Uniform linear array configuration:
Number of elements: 8
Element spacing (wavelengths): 0.25
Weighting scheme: kaiser
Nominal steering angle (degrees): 60
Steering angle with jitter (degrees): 61.967
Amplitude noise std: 0.05
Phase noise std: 0.05

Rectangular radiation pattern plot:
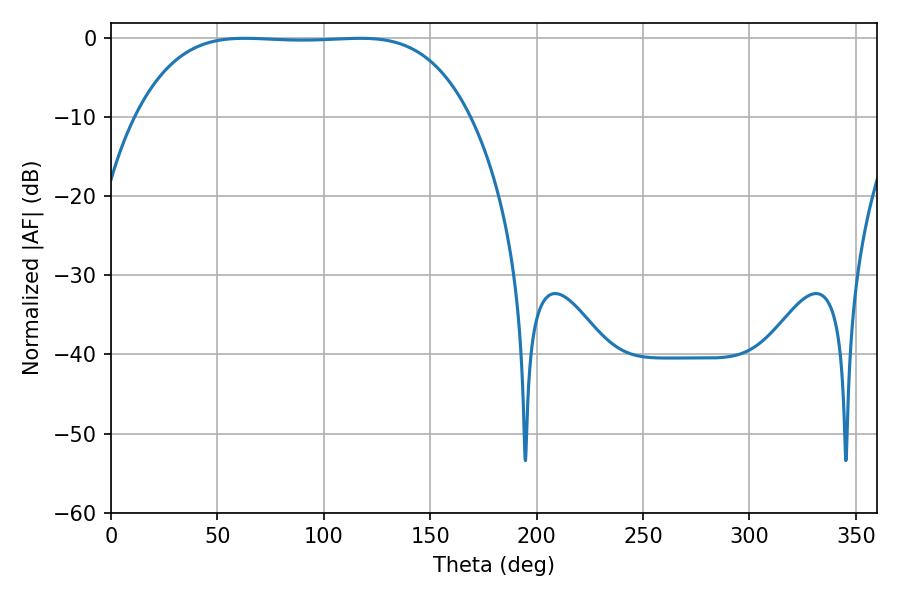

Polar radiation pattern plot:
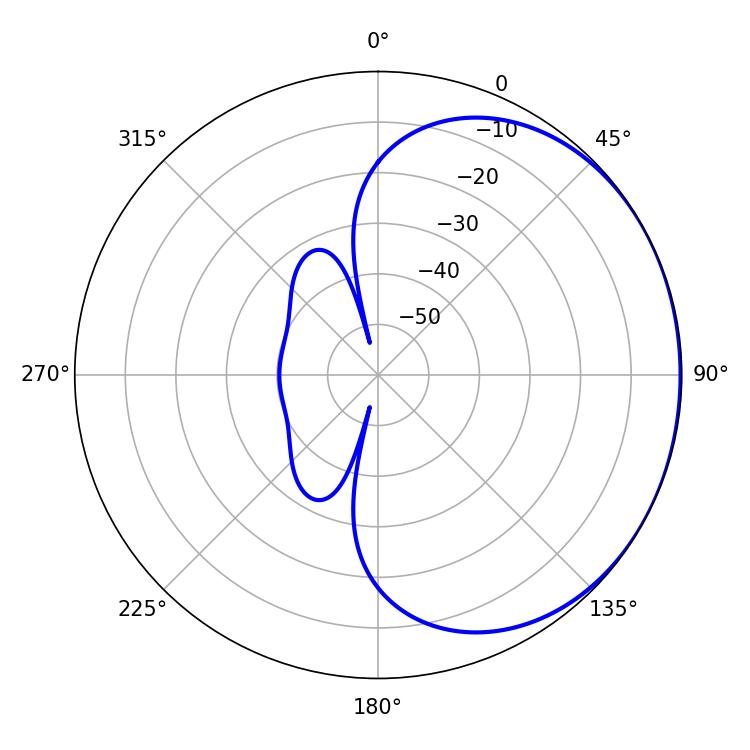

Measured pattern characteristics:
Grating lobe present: FALSE
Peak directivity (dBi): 0.7775
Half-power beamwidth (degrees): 120.96
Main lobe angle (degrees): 62.82